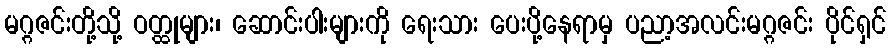
မဂ္ဂဇင်းတို့သို့ ဝတ္ထုများ၊ ဆောင်းပါးများကို ရေးသား ပေးပို့နေရာမှ ပညာ့အလင်းမဂ္ဂဇင်း ပိုင်ရှင်